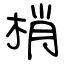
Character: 梢